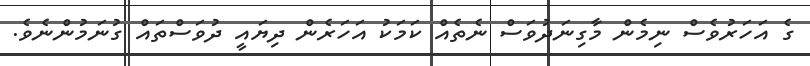
ގެ އަހަރުވެސް ނިމެން މާގިނަދުވަސް ނެތެއް ކަމަކު އަހަރެން ދިޔައީ ދުވަސްތައް ގުނަމުންނެވެ.